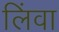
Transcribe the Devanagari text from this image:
लिंवा